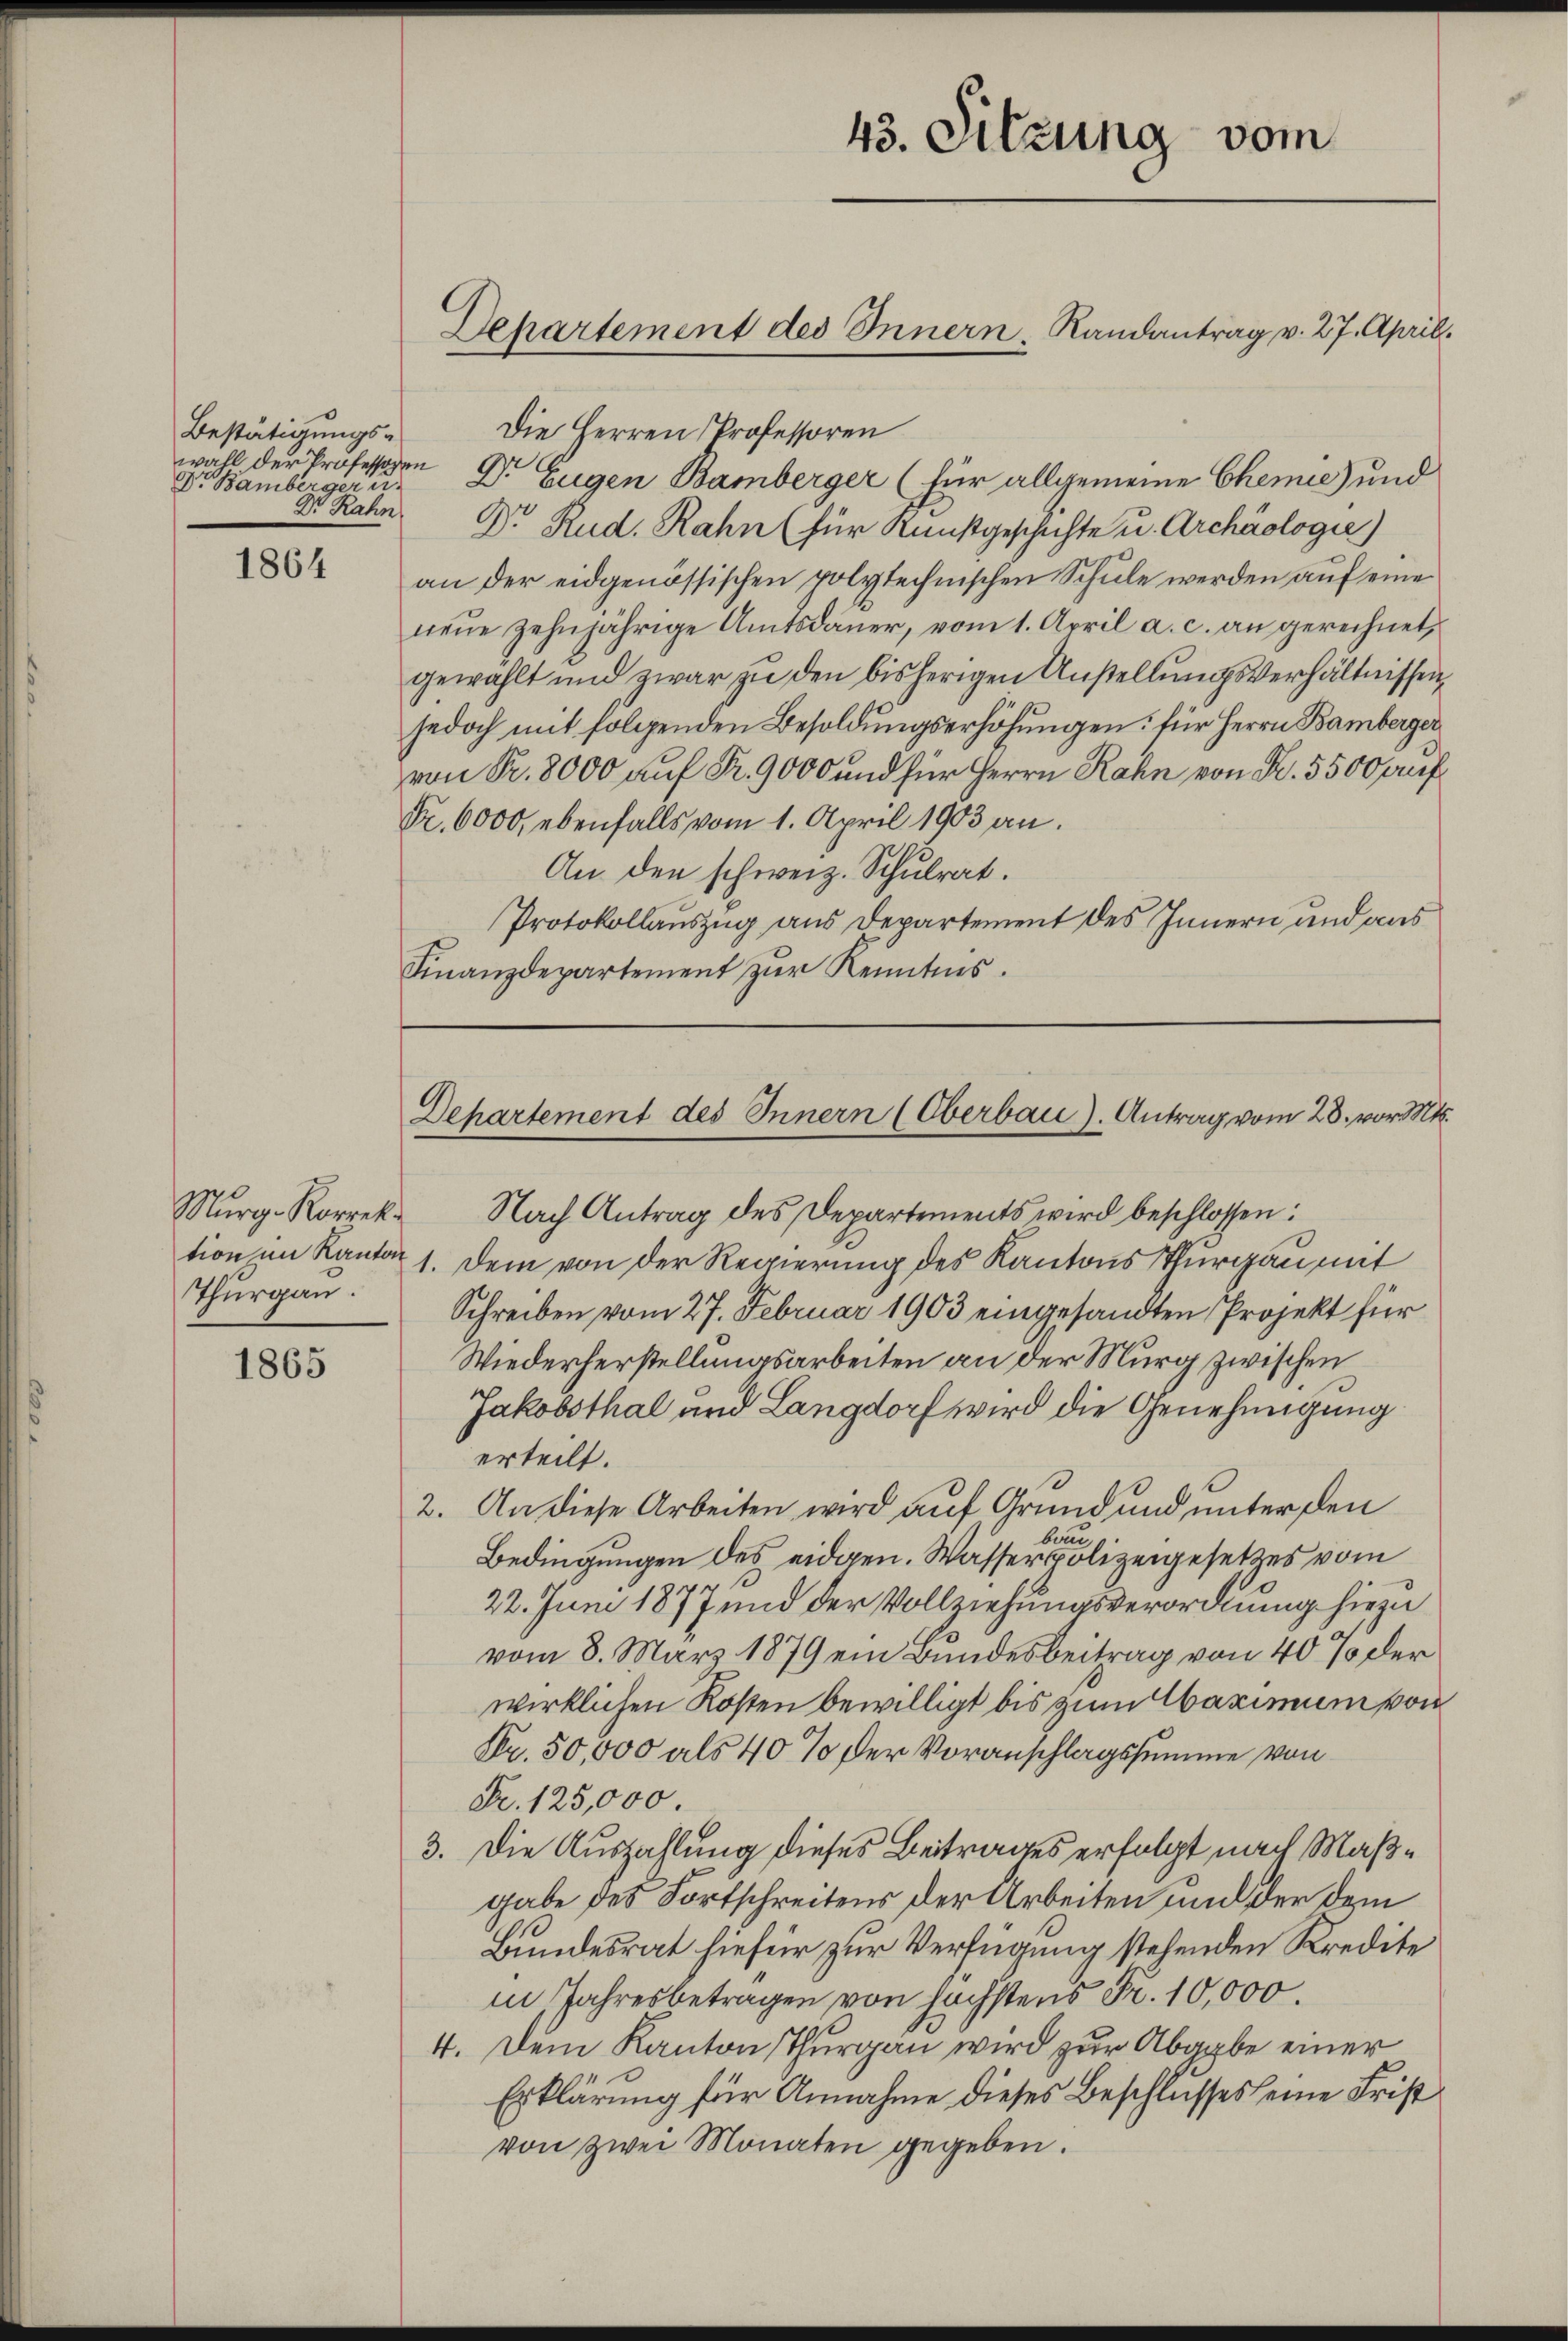
Bestätigungs-
wahl der Professoren
Dr. Bambergeru¬
Dr. Rahn

1864

Murg- Korrek
Thurgau.

1865

43. Sitzung vom

Dehartement des Innern Randantrag v. 27. April.

Die Herren Professoren
Dr Eugen Bamberger (für allgemeine Chemie und
Dr. Rud. Rahn (für Kunstgeschichte u. Archäologie)
an der eidgenössischen polytechnischen Schule werden auf eine
neŭe zehnjährige Amtsdaŭer, vom 1. April a. c. an gerechnet,
gewählt und zwar zu den bisherigen Anstellungsverhältnissen,
jedoch mit folgenden Besoldungserhöhungen: für Herrn Bamberger
von Pr. 8000 auf K. 9000 und für Herrn Rahn von K. 5500 fr f
Fr. 6000, ebenfalls vom 1. April 1903 an.
An den schweiz. Schulrat.
Protokollauszug aus Departement des Innern und aus
Finanzdepartement zur Kenntnis.

Nach Antrag des Departements wird beschlossen:
tion im Kanton 1. Dem von der Regierung des Kantons Thurgau mit
Schreiben vom 27. Februar 1903 eingesandten Projekt für
Wiederherstellungsarbeiten an der Murg zwischen
Jakobsthal und Langdorf wird die Genehmigung
erteilt.
2. An diese Arbeiten wird auf Grund und unter den
bun
Bedingungen des eidgen. Wasserpolizeigesetzes vom
22. Juni 1877 und der Vollziehungsverordnung hiezu
vom 8. März 1879 ein Bundesbeitrag von 40% der
wirklichen Kosten bewilligt bis zum Maximum von
Fr. 50,000 als 40% der Voranschlagssumme von
Fr. 125,000.
3. Die Auszahlung dieses Beitrages erfolgt nach Maßgabe des Fortschreitens der Arbeiten und der dem
Bundesrat hiefür zur Verfügung stehenden Kredite
in Jahresbetragen von höchstens Fr. 10,000.
4. Dem Kanton Thurgau wird zur Abgabe einer
Erklärung für Annahme dieses Beschlusses eine Frist
von zwei Monaten gegeben.

Departement des Innern (Oberbau). Antrag vom 28. vor. Mts.